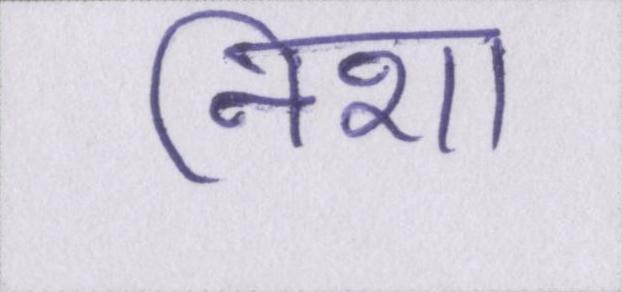
निशा